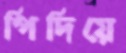
পিদিয়ে